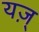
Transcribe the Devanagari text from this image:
यज़्